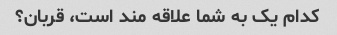
کدام یک به شما علاقه مند است، قربان؟